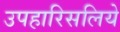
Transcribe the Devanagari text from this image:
उपहारिसलिये